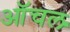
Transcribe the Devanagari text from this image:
ऑचल